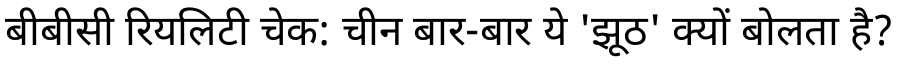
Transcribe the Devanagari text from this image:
बीबीसी रियलिटी चेक: चीन बार-बार ये 'झूठ' क्यों बोलता है?